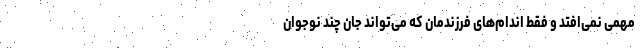
مهمی نمی‌افتد و فقط اندام‌های فرزندمان که می‌تواند جان چند نوجوان